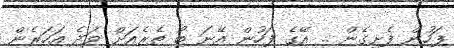
ފަހުން ފެށިގެން .. އޭގެ ފަހުން އޭނަ ބޯ ތެރެއަށް ވަދެ އަހަރެން